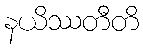
နယိဿတီတိ